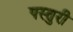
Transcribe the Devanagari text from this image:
पस्तुरी